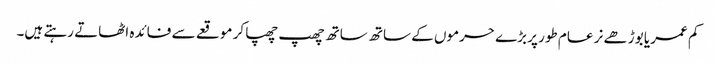
کم عمر یا بوڑھے نر عام طور پر بڑے حرموں کے ساتھ ساتھ چھپ چھپا کر موقعے سے فائدہ اٹھاتے رہتے ہیں۔